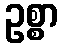
ဥစ္စာ